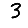
Digit: 3